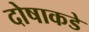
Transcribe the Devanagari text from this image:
दोषाकडे